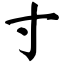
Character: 寸